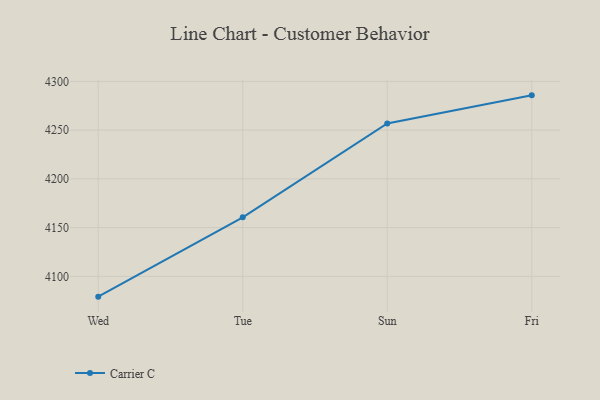
{"axis": {"x": "Day", "y": "Production Output"}, "legend": ["Carrier C"], "data": [{"x": "Wed", "y": 4079.2, "type": "Carrier C"}, {"x": "Tue", "y": 4160.6, "type": "Carrier C"}, {"x": "Sun", "y": 4256.8, "type": "Carrier C"}, {"x": "Fri", "y": 4285.7, "type": "Carrier C"}]}